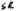
Text: SR